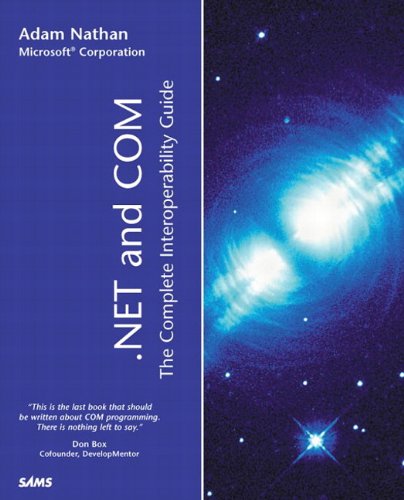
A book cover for .NET and COM: The Complete Interoperability Guide; Adam Nathan; Computers & Technology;